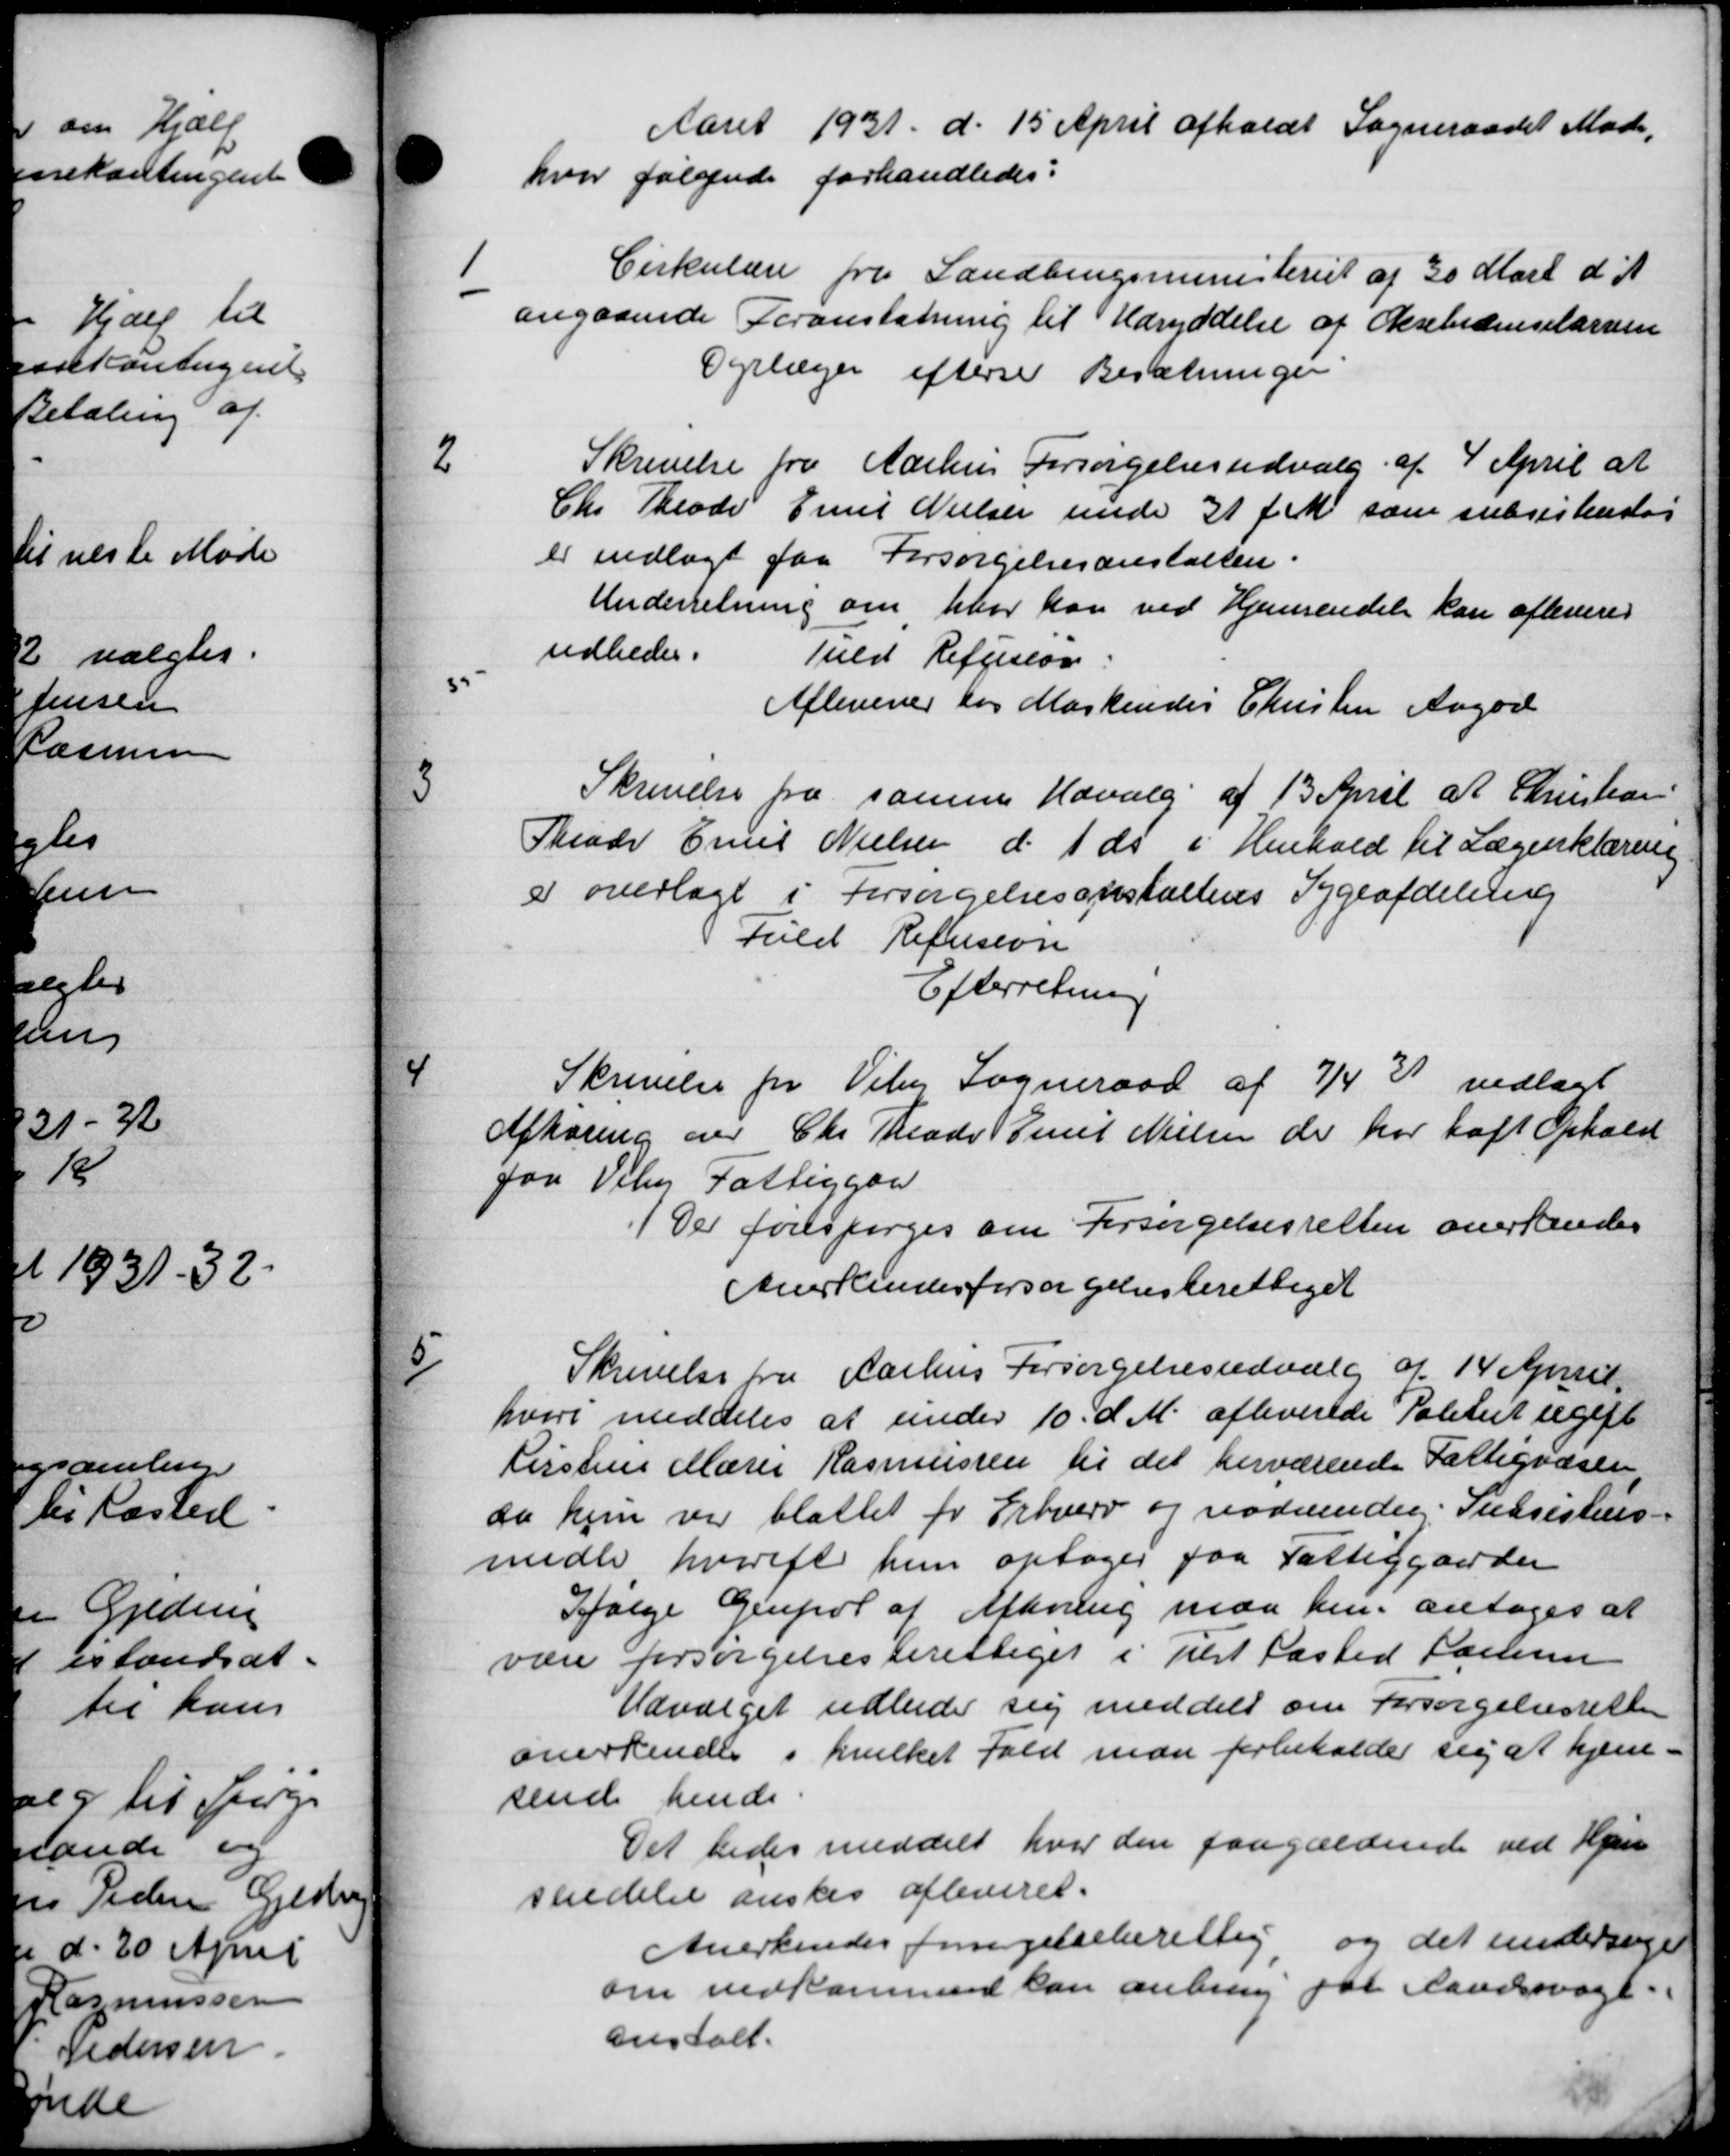
Transskription:
Aaret 1931 d. 15 April afholdt Sogneraadet Møde,
hvor følgende forhandledes:

Cirkulære fra Landbrugsministeriet af 30 Marts d A
angaaende Foranstatning til Udryddelse af Oksebedenselarven
Dyrlæger efterse Besætninger
2
Skrivelse fra Aarhus Forsørgelsesudvalg af 4 April at
Chr. Theodo Emil Nielsen under 31 f. M. som subsistenster
er indlagt paa Forsørgelsesanstalten.
Underretning om hvor kan ved Hjemsendelse kan afleveres
udbedes.
Tuld Refusion
Afleverer for Markendes Christen Aagad
3
Skrivelse fra samme Udvalg af 13 April at Christian
Theode Emil Nielsen d. 1 ds i Henhold til Lægeerklæring
e overlagt i Forsørgelsesanstaltens Sygeafdeling
Fuld Refusion
Efterretning

Skrivelse for Viby Sogneraad af 7/4 3 vedlagt
Afhøring over Chr. Theodor Emil Nielsen de har haft Ophold
for Viby Fattiggaa
Der forespørges om Forsørgelsesretten anerkendes
Anerkendes forsørgelsesberettiget

Skrivelse fra Aarhus Forsørgelsesudvalg af 14 April
hvori meddeles at under 10 d. M. afleverede Politiet ugift
Kirstine Marie Rasmussen til det herværende Fattigvæsen
da hun var blattet for Erhverv og nødvendig Sussistens
midle hvorift hun optages paa Fattiggaarden
Ifølge Genpol af Afhøring maa hen antoges at
være forsørgelsesberettiget i Hest fasted Soren
Udvalget udbeder sig meddelt sin Forsørgelsesretten
anerkendes i hvilket Fald man forbeholder sig at hjem-
sende hende
Det bedes meddelt hvor den paagældende ved Hjem
seidelse ønskes afleveret.
Anerkendes fungelseberettig og det undersøge
om vedkommende kan anbring for Landssvage.
anstalt.